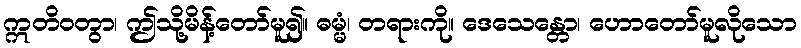
ဣတိဝတွာ၊ ဤသို့မိန့်တော်မူ၍။ ဓမ္မံ၊ တရားကို။ ဒေသေန္တော၊ ဟောတော်မူလိုသော